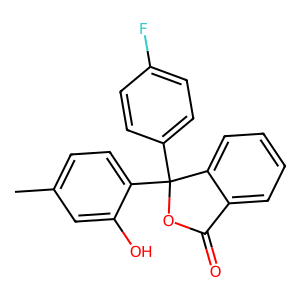
SMILES: Cc1ccc(C2(c3ccc(F)cc3)OC(=O)c3ccccc32)c(O)c1
Inhibits HIV replication: No